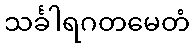
သင်္ခါရဂတမေတံ